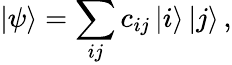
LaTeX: \mathinner{|{\psi}\rangle}=\sum_{ij}c_{ij}\mathinner{|{i}\rangle}\mathinner{|{j}\rangle},